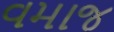
વમાજ